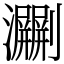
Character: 㶜